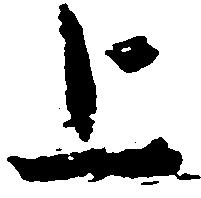
上